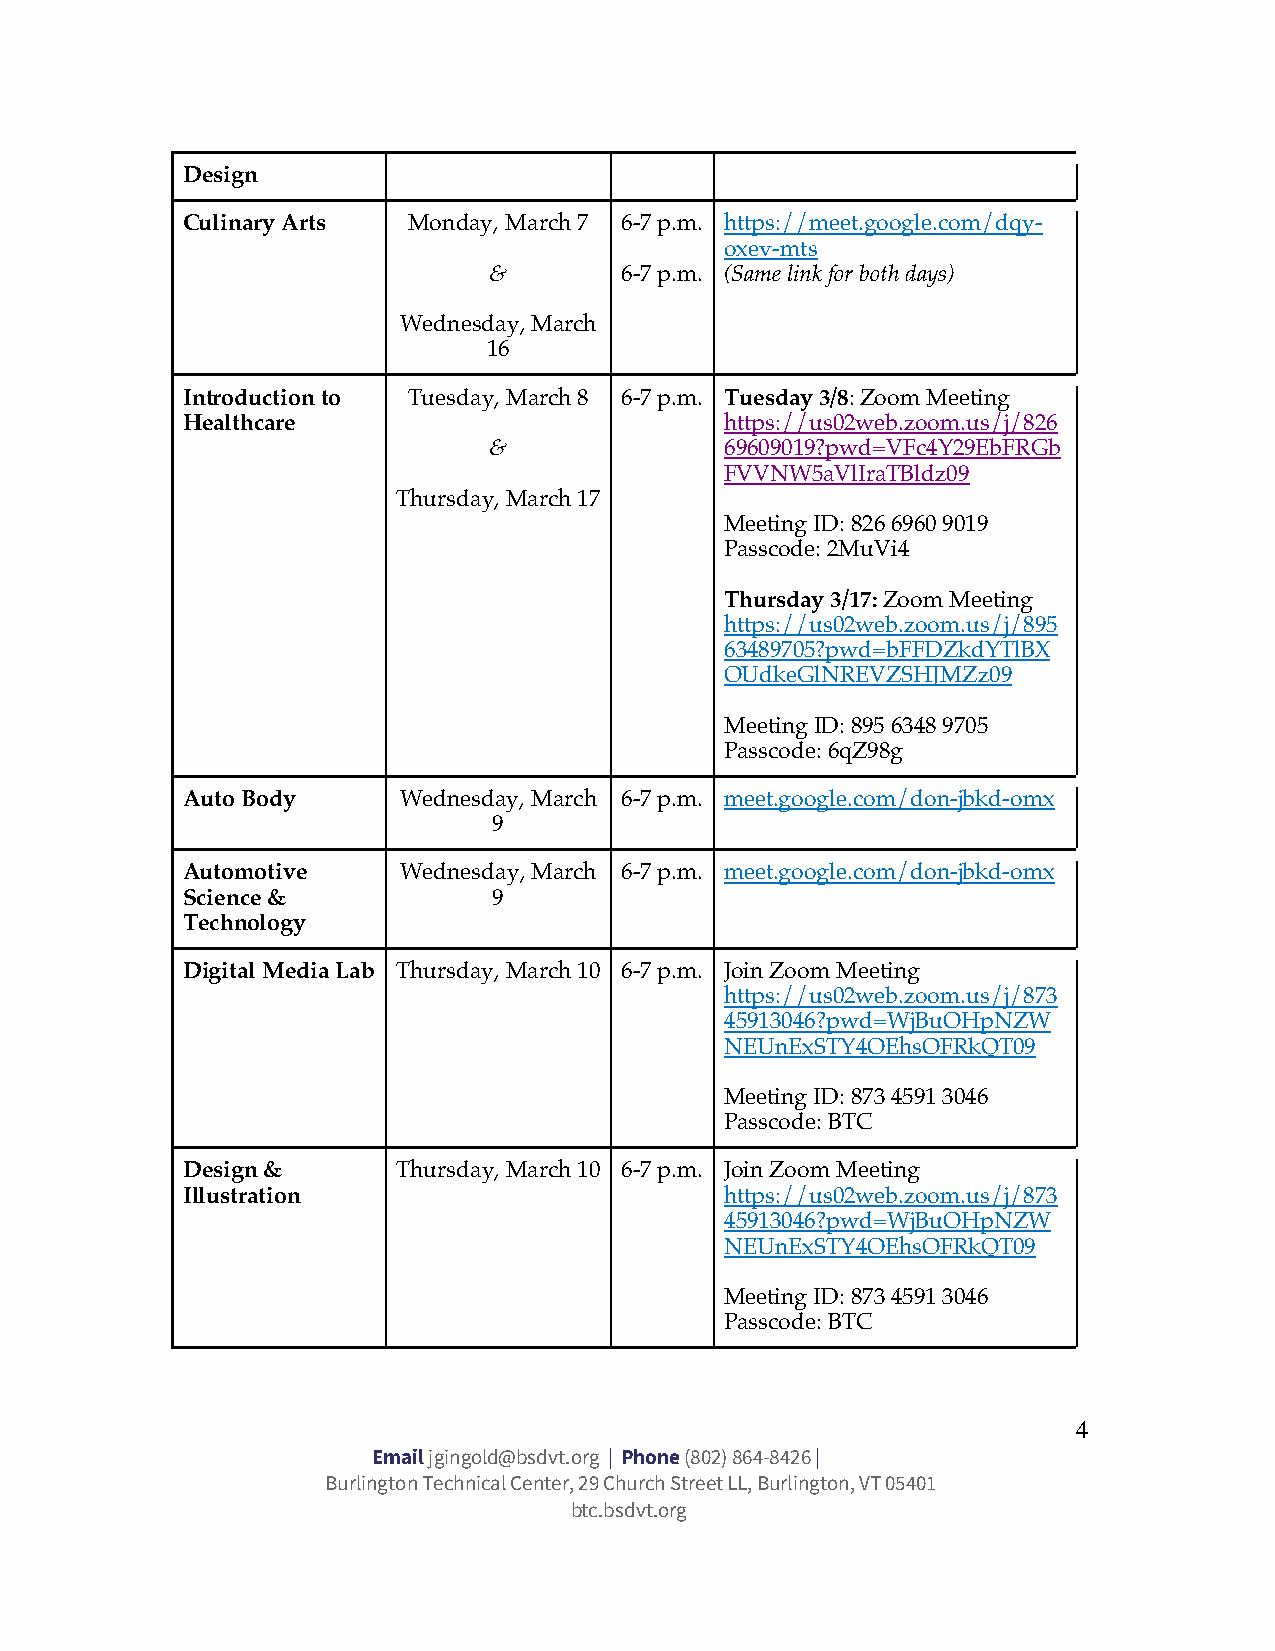
Design
 Culinary Arts  Monday, March 7 6-7 p.m. https://meet.google.com/dqy-
 oxev-mts
 &        6-7 p.m. (Same link for both days)
 Wednesday, March
 16
 Introduction to Tuesday, March 8 6-7 p.m. Tuesday 3/8: Zoom Meeting
 Healthcare                          https://us02web.zoom.us/j/826
 &               69609019?pwd=VFc4Y29EbFRGb
 FVVNW5aVlIraTBldz09
 Thursday, March 17
 Meeting ID: 826 6960 9019
 Passcode: 2MuVi4
 Thursday 3/17: Zoom Meeting
 https://us02web.zoom.us/j/895
 63489705?pwd=bFFDZkdYTlBX
 OUdkeGlNREVZSHJMZz09
 Meeting ID: 895 6348 9705
 Passcode: 6qZ98g
 Auto Body     Wednesday, March 6-7 p.m. meet.google.com/don-jbkd-omx
 9
 Automotive    Wednesday, March 6-7 p.m. meet.google.com/don-jbkd-omx
 Science &            9
 Technology
 Digital Media Lab Thursday, March 10 6-7 p.m. Join Zoom Meeting
 https://us02web.zoom.us/j/873
 45913046?pwd=WjBuOHpNZW
 NEUnExSTY4OEhsOFRkQT09
 Meeting ID: 873 4591 3046
 Passcode: BTC
 Design &      Thursday, March 10 6-7 p.m. Join Zoom Meeting
 Illustration                        https://us02web.zoom.us/j/873
 45913046?pwd=WjBuOHpNZW
 NEUnExSTY4OEhsOFRkQT09
 Meeting ID: 873 4591 3046
 Passcode: BTC
 4
 Email jgingold@bsdvt.org | Phone (802) 864-8426 |
 Burlington Technical Center, 29 Church Street LL, Burlington, VT 05401
 btc.bsdvt.org